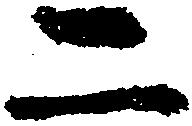
二